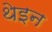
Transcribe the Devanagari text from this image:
थेइन